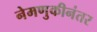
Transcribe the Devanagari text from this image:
नेमणुकीनंतर